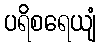
ပရိစရေယျံ